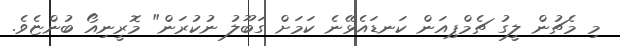
މި މެޗުން ލީގު ޗެމްޕިއަން ކަނޑައެޅޭނެ ކަމަށް ގަބޫލު ނުކުރަން" މޮރީނިއޯ ބުންޏެވެ.